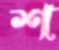
শ